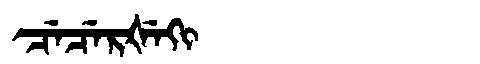
Manchu: ᠴᡝᠴᡝᡵᡧᡝᡴᡳ
Romanization: CECERŠEKI